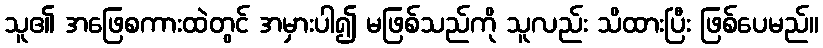
သူ၏ အဖြေစကားထဲတွင် အမှားပါ၍ မဖြစ်သည်ကို သူလည်း သိထားပြီး ဖြစ်ပေမည်။